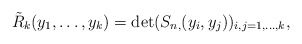
\begin{align*}\tilde{R}_k(y_1,\dots,y_k)=\det(S_{n,}(y_i,y_j))_{i,j=1,\dots,k},\end{align*}